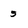
Character: 5